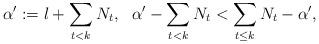
LaTeX: \begin{align*}\alpha^{\prime}:=l+\sum_{t < k}N_t, \ \ \alpha^{\prime}-\sum_{t<k}N_t < \sum_{t \leq k} N_t-\alpha^{\prime},\end{align*}